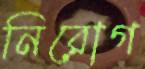
নিরোগ